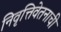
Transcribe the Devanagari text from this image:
निवृत्तिवेतनाची